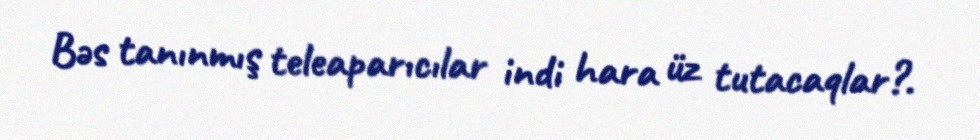
Bəs tanınmış teleaparıcılar indi hara üz tutacaqlar?.